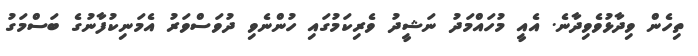
ތިހެން ވިދާޅުވެވިދާނެ. އެއީ މުހައްމަދު ނަޝީދު ވެރިކަމުގައި ހުންނެވި ދުވަސްވަރު އެމަނިކުފާނުގެ ބަސްމަގު